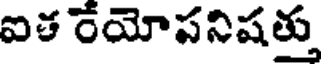
ఐత రేయోపనిషత్తు